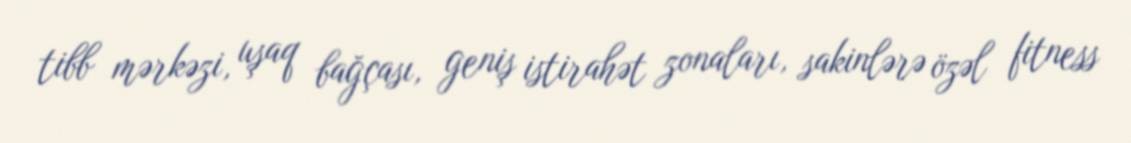
tibb mərkəzi, uşaq bağçası, geniş istirahət zonaları, sakinlərə özəl fitness